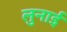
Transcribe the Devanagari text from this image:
लुनाई